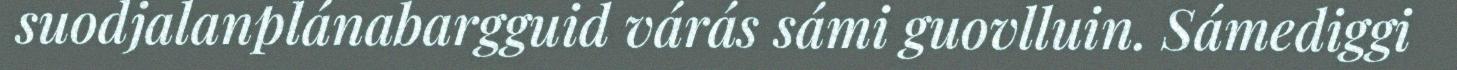
suodjalanplánabargguid várás sámi guovlluin. Sámediggi